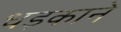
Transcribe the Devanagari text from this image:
धड़काने